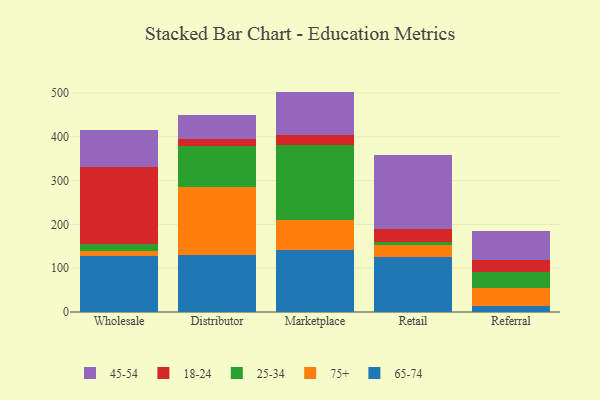
{"axis": {"x": "Channel", "y": "Temperature (°C)"}, "legend": ["18-24", "25-34", "45-54", "65-74", "75+"], "data": [{"x": "Wholesale", "y": 128.1, "type": "65-74"}, {"x": "Wholesale", "y": 12.0, "type": "75+"}, {"x": "Wholesale", "y": 15.8, "type": "25-34"}, {"x": "Wholesale", "y": 175.8, "type": "18-24"}, {"x": "Wholesale", "y": 84.7, "type": "45-54"}, {"x": "Distributor", "y": 129.4, "type": "65-74"}, {"x": "Distributor", "y": 156.2, "type": "75+"}, {"x": "Distributor", "y": 92.9, "type": "25-34"}, {"x": "Distributor", "y": 16.7, "type": "18-24"}, {"x": "Distributor", "y": 53.6, "type": "45-54"}, {"x": "Marketplace", "y": 141.7, "type": "65-74"}, {"x": "Marketplace", "y": 69.5, "type": "75+"}, {"x": "Marketplace", "y": 171.0, "type": "25-34"}, {"x": "Marketplace", "y": 21.2, "type": "18-24"}, {"x": "Marketplace", "y": 99.9, "type": "45-54"}, {"x": "Retail", "y": 125.9, "type": "65-74"}, {"x": "Retail", "y": 27.7, "type": "75+"}, {"x": "Retail", "y": 7.4, "type": "25-34"}, {"x": "Retail", "y": 27.9, "type": "18-24"}, {"x": "Retail", "y": 169.3, "type": "45-54"}, {"x": "Referral", "y": 12.7, "type": "65-74"}, {"x": "Referral", "y": 42.6, "type": "75+"}, {"x": "Referral", "y": 35.2, "type": "25-34"}, {"x": "Referral", "y": 27.4, "type": "18-24"}, {"x": "Referral", "y": 66.7, "type": "45-54"}]}